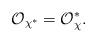
LaTeX: \begin{align*}\mathcal{O}_{\chi^*} = \mathcal{O}_{\chi}^*.\end{align*}